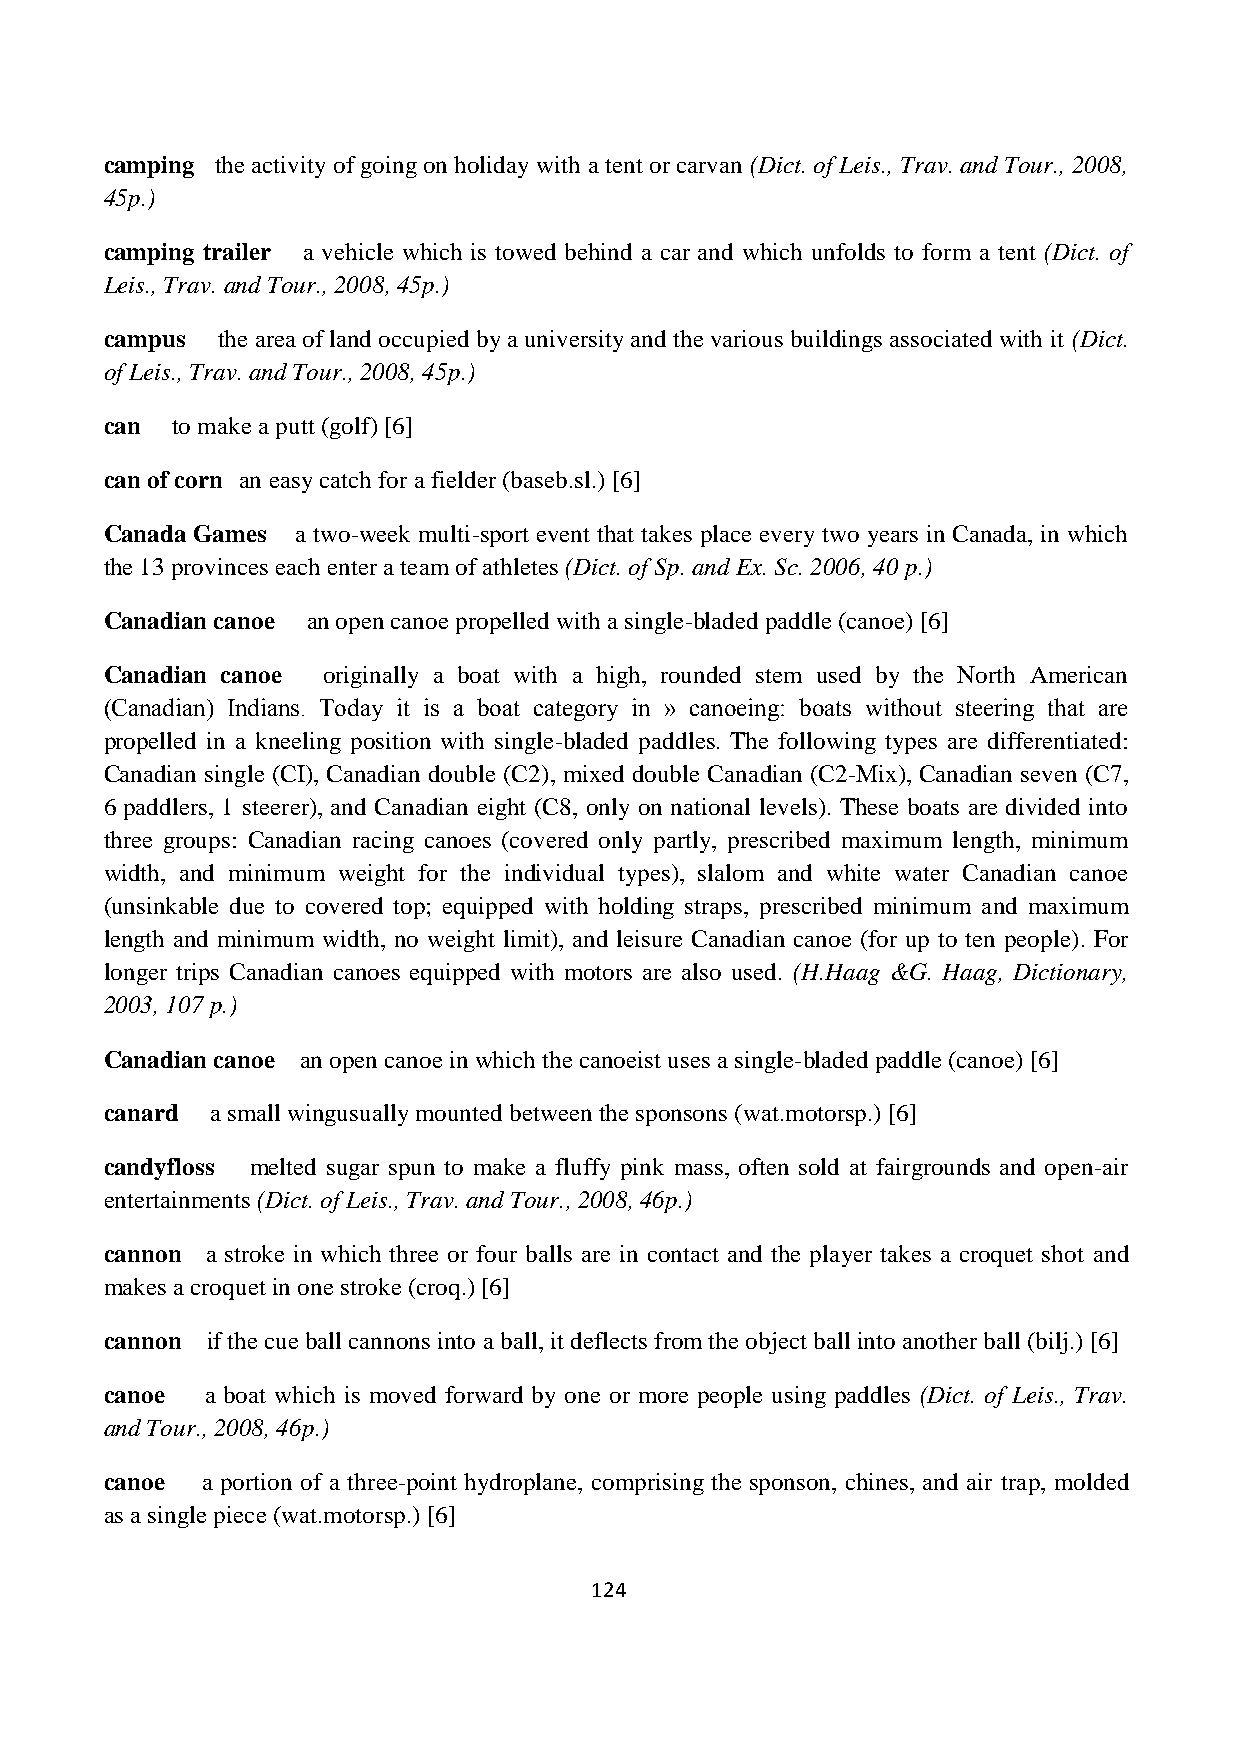
camping the activity of going on holiday with a tent or carvan (Dict. of Leis., Trav. and Tour., 2008,
 45p.)
 camping trailer a vehicle which is towed behind a car and which unfolds to form a tent (Dict. of
 Leis., Trav. and Tour., 2008, 45p.)
 campus the area of land occupied by a university and the various buildings associated with it (Dict.
 of Leis., Trav. and Tour., 2008, 45p.)
 can to make a putt (golf) [6]
 can of corn an easy catch for a fielder (baseb.sl.) [6]
 Canada Games a two-week multi-sport event that takes place every two years in Canada, in which
 the 13 provinces each enter a team of athletes (Dict. of Sp. and Ex. Sc. 2006, 40 p.)
 Canadian canoe an open canoe propelled with a single-bladed paddle (canoe) [6]
 Canadian canoe originally a boat with a high, rounded stem used by the North American
 (Canadian) Indians. Today it is a boat category in » canoeing: boats without steering that are
 propelled in a kneeling position with single-bladed paddles. The following types are differentiated:
 Canadian single (CI), Canadian double (C2), mixed double Canadian (C2-Mix), Canadian seven (C7,
 6 paddlers, 1 steerer), and Canadian eight (C8, only on national levels). These boats are divided into
 three groups: Canadian racing canoes (covered only partly, prescribed maximum length, minimum
 width, and minimum weight for the individual types), slalom and white water Canadian canoe
 (unsinkable due to covered top; equipped with holding straps, prescribed minimum and maximum
 length and minimum width, no weight limit), and leisure Canadian canoe (for up to ten people). For
 longer trips Canadian canoes equipped with motors are also used. (H.Haag &G. Haag, Dictionary,
 2003, 107 p.)
 Canadian canoe an open canoe in which the canoeist uses a single-bladed paddle (canoe) [6]
 canard a small wingusually mounted between the sponsons (wat.motorsp.) [6]
 candyfloss melted sugar spun to make a fluffy pink mass, often sold at fairgrounds and open-air
 entertainments (Dict. of Leis., Trav. and Tour., 2008, 46p.)
 cannon a stroke in which three or four balls are in contact and the player takes a croquet shot and
 makes a croquet in one stroke (croq.) [6]
 cannon if the cue ball cannons into a ball, it deflects from the object ball into another ball (bilj.) [6]
 canoe  a boat which is moved forward by one or more people using paddles (Dict. of Leis., Trav.
 and Tour., 2008, 46p.)
 canoe a portion of a three-point hydroplane, comprising the sponson, chines, and air trap, molded
 as a single piece (wat.motorsp.) [6]
 124